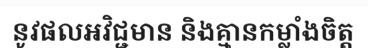
នូវផលអវិជ្ជមាន និងគ្មានកម្លាំងចិត្ត